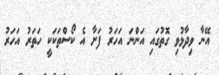
އޭނާ ވިދާޅުވި ގޮތުގައި އަންނަ އަހަރު ފަށާ އެ ކޯސްތަކަކީ ހަތަރު އަހަރު